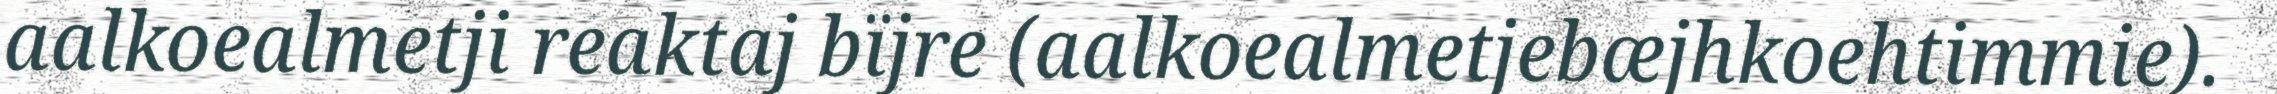
aalkoealmetji reaktaj bïjre (aalkoealmetjebæjhkoehtimmie).